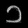
Digit: ၁